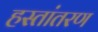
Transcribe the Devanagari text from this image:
हस्‍तांतरण